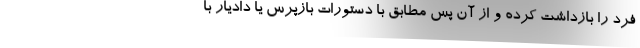
فرد را بازداشت کرده و از آن پس مطابق با دستورات بازپرس یا دادیار با